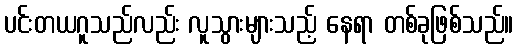
ပင်းတယဂူသည်လည်း လူသွားများသည့် နေရာ တစ်ခုဖြစ်သည်။